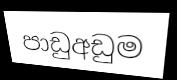
පාඩුඅඩුම